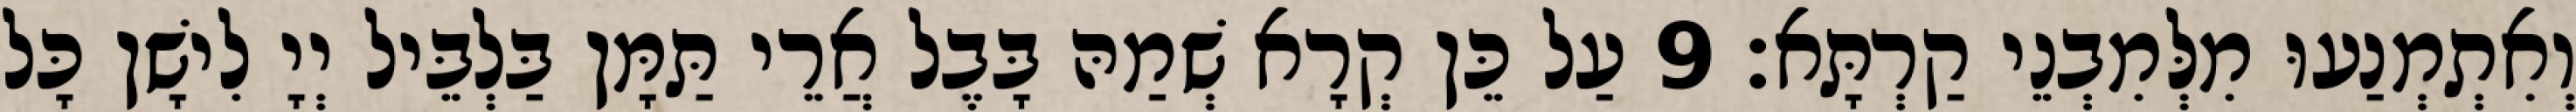
וְאִתְמְנַעוּ מִלְּמִבְנֵי קַרְתָּא׃ 9 עַל כֵּן קְרָא שְׁמַהּ בָּבֶל אֲרֵי תַּמָּן בַּלְבֵּיל יְיָ לִישָׁן כָּל